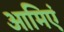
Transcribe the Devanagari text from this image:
आमिएं